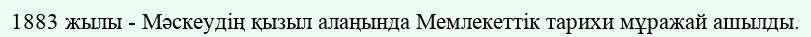
1883 жылы - Мәскеудің қызыл алаңында Мемлекеттік тарихи мұражай ашылды.